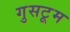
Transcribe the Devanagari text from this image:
गुसटूम